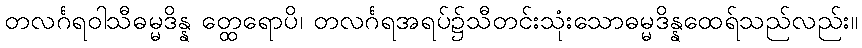
တလင်္ဂရဝါသီဓမ္မဒိန္န တ္ထေရောပိ၊ တလင်္ဂရအရပ်၌သီတင်းသုံးသောဓမ္မဒိန္နထေရ်သည်လည်း။